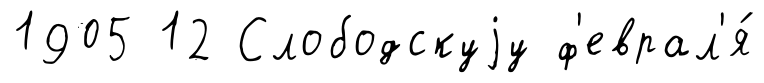
1905 12 Слободскуjу ф'еврал'я́